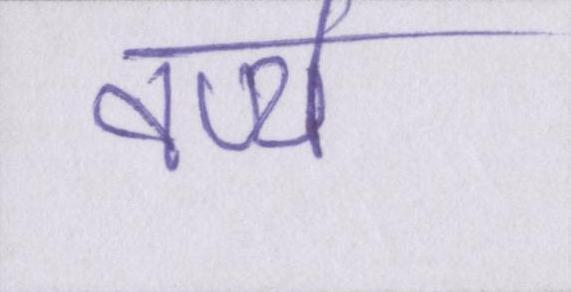
वर्ण्य